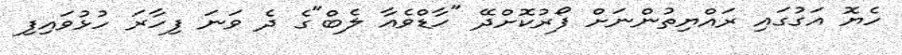
ހެޔޮ އަގުގައި ރައްޔިތުންނަށް ފޯރުކޮށްދޭ "ހާޑްވެއާ ލެބް"ގެ ދެ ވަނަ ފިހާރަ ހުޅުވައިފި